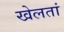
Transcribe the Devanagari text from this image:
खेलतां